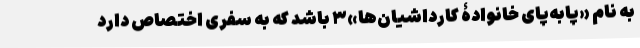
به نام «پابه‌پای خانوادۀ کارداشیان‌ها»۳ باشد که به سفری اختصاص دارد